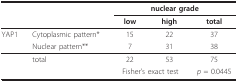
<table><thead><tr><td></td><td></td><td colspan="3"><b>nuclear grade</b></td></tr><tr><td></td><td></td><td><b>low</b></td><td><b>high</b></td><td><b>total</b></td></tr></thead><tbody><tr><td>YAP1</td><td>Cytoplasmic pattern*</td><td>15</td><td>22</td><td>37</td></tr><tr><td></td><td>Nuclear pattern**</td><td>7</td><td>31</td><td>38</td></tr><tr><td></td><td>total</td><td>22</td><td>53</td><td>75</td></tr><tr><td></td><td></td><td colspan="2">Fisher&#x27;s exact test</td><td><i>p </i>= 0.0445</td></tr></tbody></table>